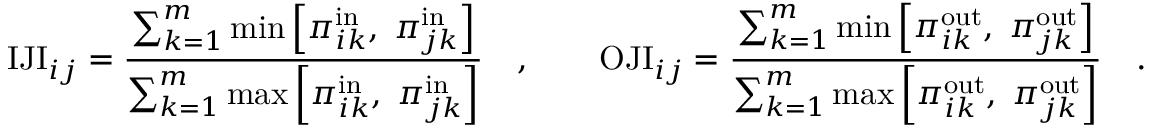
\mathrm { I J I } _ { i j } = \frac { \sum _ { k = 1 } ^ { m } \operatorname* { m i n } \left[ \pi _ { i k } ^ { \mathrm { i n } } , \; \pi _ { j k } ^ { \mathrm { i n } } \right] } { \sum _ { k = 1 } ^ { m } \operatorname* { m a x } \left[ \pi _ { i k } ^ { \mathrm { i n } } , \; \pi _ { j k } ^ { \mathrm { i n } } \right] } \quad , \qquad \mathrm { O J I } _ { i j } = \frac { \sum _ { k = 1 } ^ { m } \operatorname* { m i n } \left[ \pi _ { i k } ^ { \mathrm { o u t } } , \; \pi _ { j k } ^ { \mathrm { o u t } } \right] } { \sum _ { k = 1 } ^ { m } \operatorname* { m a x } \left[ \pi _ { i k } ^ { \mathrm { o u t } } , \; \pi _ { j k } ^ { \mathrm { o u t } } \right] } \quad .